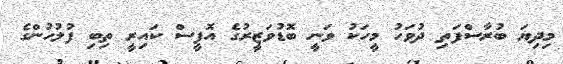
މިދިޔަ ބުރާސްފަތި ދުވަހު މީހަކު ވަނީ ބޮޑުވަޒީރުގެ އޮފީސް ކައިރީ ތިބި ފުލުހުންގެ